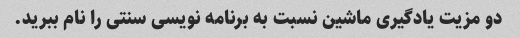
دو مزیت یادگیری ماشین نسبت به برنامه نویسی سنتی را نام ببرید.